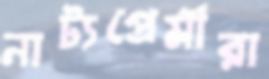
নাট্যপ্রেমীরা